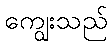
ကျွေးသည်